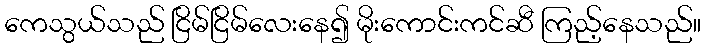
ကေသွယ်သည် ငြိမ်ငြိမ်လေးနေ၍ မိုးကောင်းကင်ဆီ ကြည့်နေသည်။